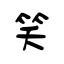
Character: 笑